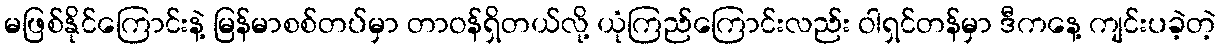
မဖြစ်နိုင်ကြောင်းနဲ့ မြန်မာစစ်တပ်မှာ တာဝန်ရှိတယ်လို့ ယုံကြည်ကြောင်းလည်း ဝါရှင်တန်မှာ ဒီကနေ့ ကျင်းပခဲ့တဲ့